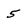
Character: 5